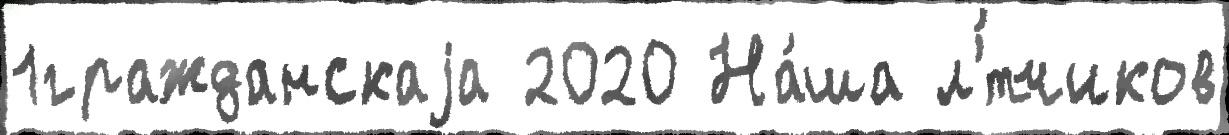
1гражданскаjа 2020 На́ша л'́тчиков